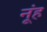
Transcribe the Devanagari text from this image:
नूंह